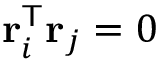
\mathbf { r } _ { i } ^ { \mathsf { T } } \mathbf { r } _ { j } = 0